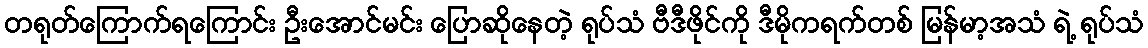
တရုတ်ကြောက်ရကြောင်း ဦးအောင်မင်း ပြောဆိုနေတဲ့ ရုပ်သံ ဗီဒီဖိုင်ကို ဒီမိုကရက်တစ် မြန်မာ့အသံ ရဲ့ ရုပ်သံ